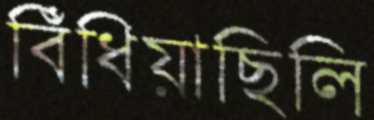
বিঁধিয়াছিলি